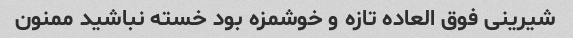
شیرینی فوق العاده تازه و خوشمزه بود خسته نباشید ممنون